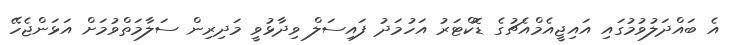
އެ ބައްދަލުވުމުގައި އައިޖީއެމްއެޗުގެ ޑޮކްޓަރު އަހުމަދު ފައިސަލް ވިދާޅުވީ މަދިރިން ސަލާމަތްވުމަށް އަޅަންޖެހޭ